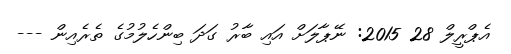
އެޕްރީލް 28 2015: ނޭޕާލަށް އައި ބާރު ގަދަ ބިންހެލުމުގެ ތެރެއިން ---